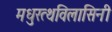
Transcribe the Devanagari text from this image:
मधुरत्थविलासिनी